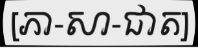
[ភា-សា-ជាត]